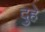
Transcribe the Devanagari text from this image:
दुहे